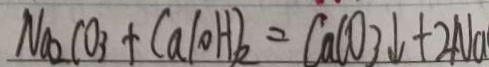
N a _ { 2 } C O _ { 3 } + C a 1 0 H ) _ { 2 } = C a C O _ { 3 } \downarrow + 2 N a